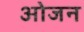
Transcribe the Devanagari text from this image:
ओजन